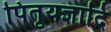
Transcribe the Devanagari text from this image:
पितृयज्ञादि